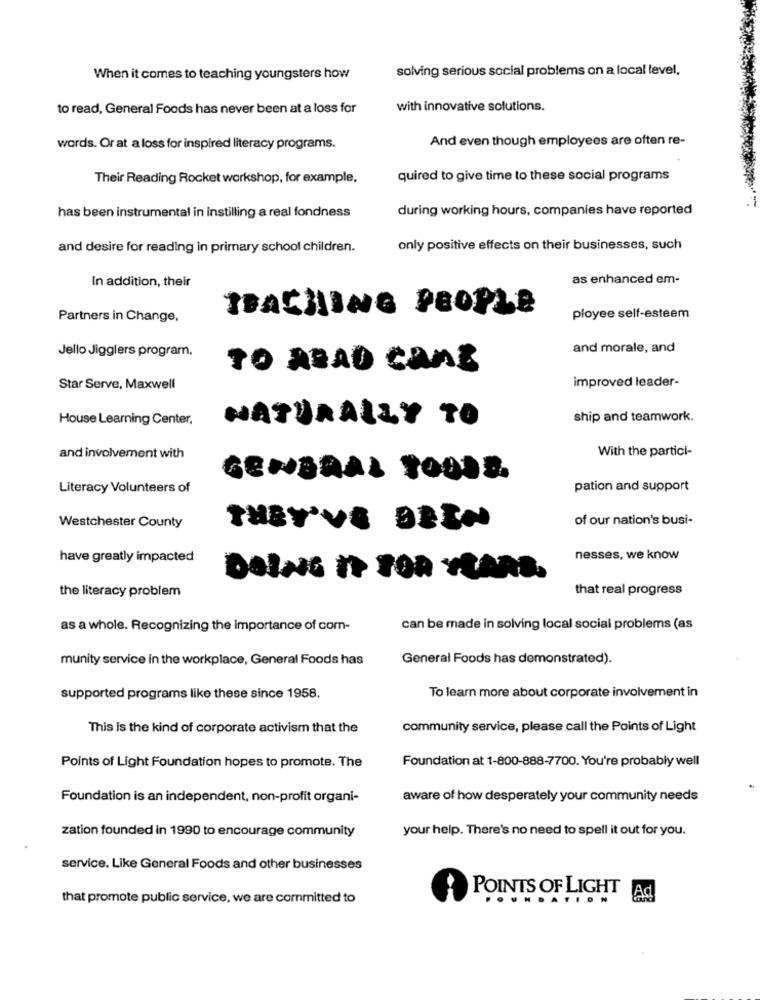
solving serious social problems on a local level,
When it comes to teaching youngsters how
to read, General Foods has never been at a loss for
with innovative solutions.
And even though employees are often re-
words. Or at a loss for inspired literacy programs.
Their Reading Rocket workshop, for example,
quired to give time to these social programs
during working hours, companies have reported
has been instrumental in instilling a real fondness
and desire for reading in primary school children.
only positive effects on their businesses, such
In addition, their
as enhanced em-
TEACHING PEOPLE
Partners in Change,
ployee self-esteem
and morale, and
Jello Jigglers program,
TO ABAD CAME
improved leader-
Star Serve, Maxwell
House Learning Center,
NATURALLY TO
ship and teamwork.
With the partici-
and involvement with
GENERAL TOUTE
Literacy Volunteers of
pation and support
of our nation's busi-
Westchester County
THEY'VE BEEN
have greatly impacted
nesses, we know
DOING To FOR YEARS.
the literacy problem
that real progress
as a whole. Recognizing the importance of com-
can be made in solving local social problems (as
munity service in the workplace, General Foods has
General Foods has demonstrated).
To learn more about corporate involvement in
supported programs like these since 1958.
This is the kind of corporate activism that the
community service, please call the Points of Light
Foundation at 1-800-888-7700. You're probably well
Points of Light Foundation hopes to promote. The
Foundation is an independent, non-profit organi-
aware of how desperately your community needs
zation founded in 1990 to encourage community
your help. There's no need to spell it out for you.
service. Like General Foods and other businesses
that promote public service, we are committed to
POINTS OF LIGHT Ad